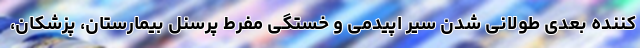
کننده بعدی طولانی شدن سیر اپیدمی و خستگی مفرط پرسنل بیمارستان، پزشکان،